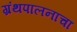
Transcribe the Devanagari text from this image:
ग्रंथपालनाचा